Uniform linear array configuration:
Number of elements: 32
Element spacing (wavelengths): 0.25
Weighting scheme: kaiser
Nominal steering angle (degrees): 45
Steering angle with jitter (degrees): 44.404
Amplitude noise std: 0.05
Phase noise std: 0.05

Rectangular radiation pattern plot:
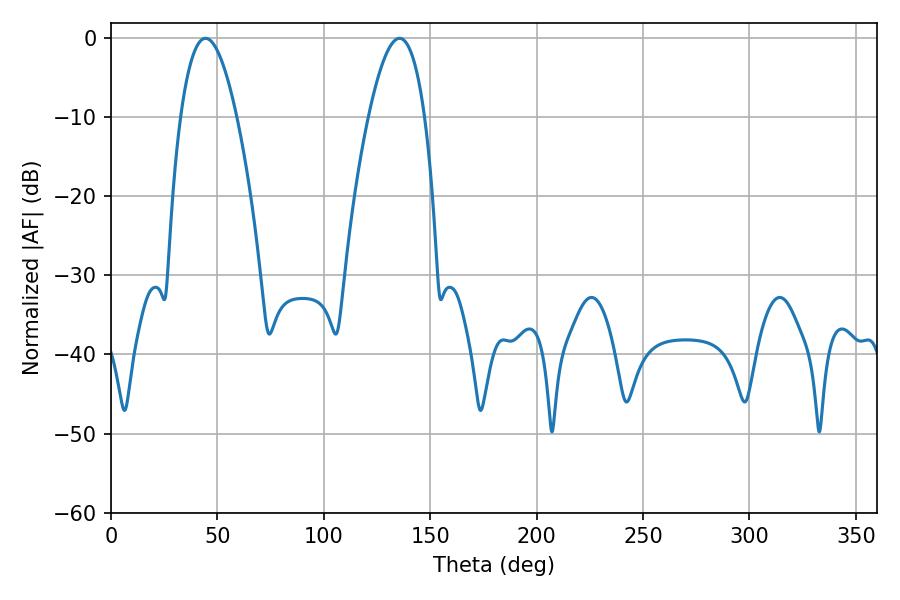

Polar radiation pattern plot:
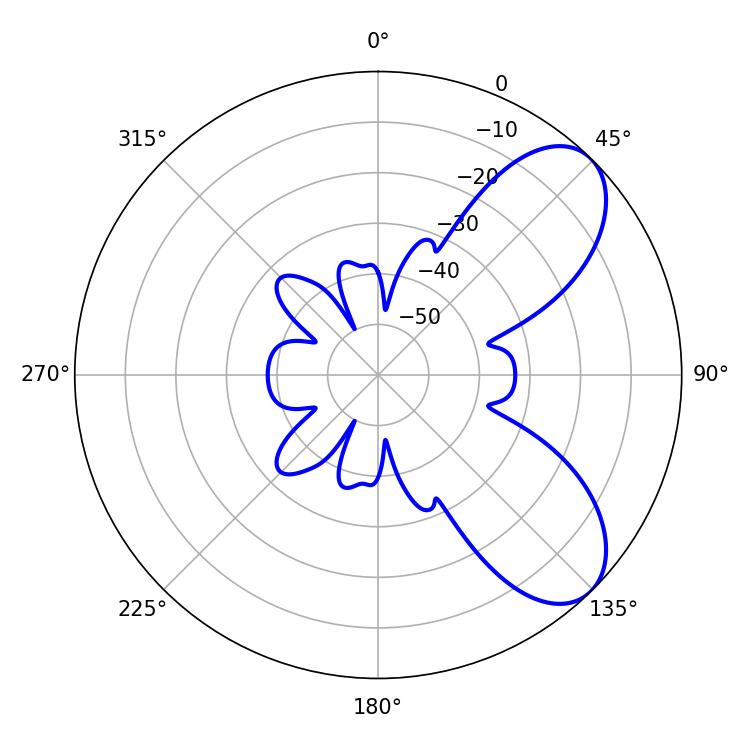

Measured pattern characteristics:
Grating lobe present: FALSE
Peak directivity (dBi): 7.173
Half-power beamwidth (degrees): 14.58
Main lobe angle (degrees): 44.46